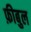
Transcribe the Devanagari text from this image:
फ़ीबुल